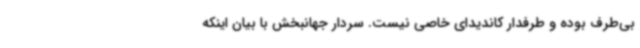
بی‌طرف بوده و طرفدار کاندیدای خاصی نیست. سردار جهانبخش با بیان اینکه